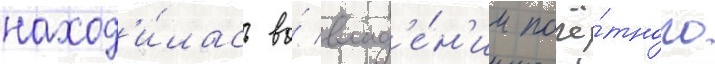
наход'и́лась во́ влад'е́н'ии почё́тного